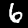
Label: 6